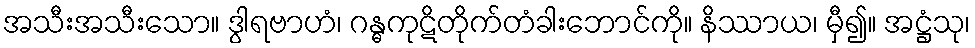
အသီးအသီးသော။ ဒွါရဗာဟံ၊ ဂန္ဓကုဋိတိုက်တံခါးဘောင်ကို။ နိဿာယ၊ မှီ၍။ အဋ္ဌံသု၊